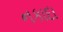
નકાદા